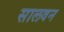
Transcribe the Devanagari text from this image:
सालवन